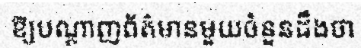
ឱ្យបណ្តាញព័ត៌មានមួយចំនួនដឹងថា